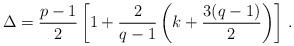
LaTeX: \begin{align*}\Delta ={ p-1 \over 2} \left[1 + {2 \over q-1} \left(k + {3(q-1) \over 2} \right) \right] \,.\end{align*}